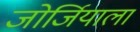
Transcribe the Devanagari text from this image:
जोर्जियाला